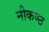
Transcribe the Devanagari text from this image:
नीकण्ठ